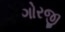
ગોરજી